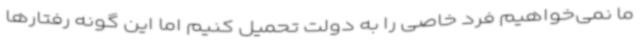
ما نمی‌خواهیم فرد خاصی را به دولت تحمیل کنیم اما این گونه رفتارها